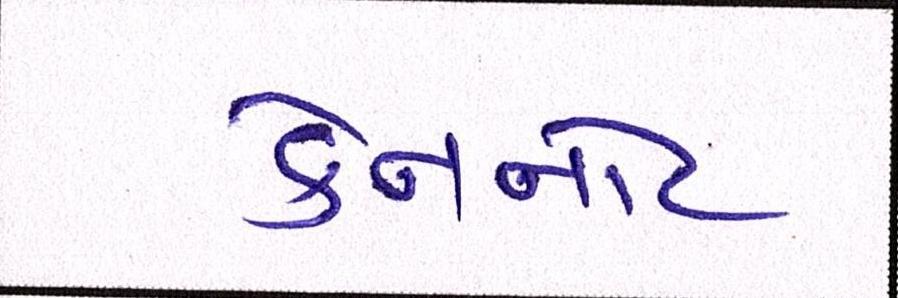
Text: કેનનોટ